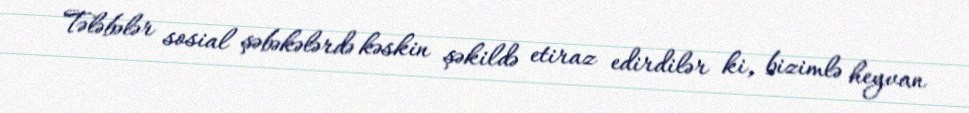
Tələbələr sosial şəbəkələrdə kəskin şəkildə etiraz edirdilər ki, bizimlə heyvan